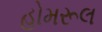
હોમરૂલ